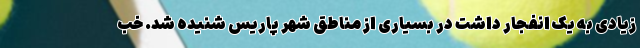
زیادی به یک انفجار داشت در بسیاری از مناطق شهر پاریس شنیده شد. خب